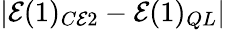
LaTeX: |\mathcal{E}(1)_{C\mathcal{E}2}-\mathcal{E}(1)_{QL}|